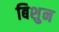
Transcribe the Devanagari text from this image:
बिशुन